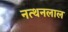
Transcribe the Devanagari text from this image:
नत्थनलाल